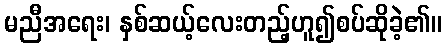
မညီအရေး၊ နှစ်ဆယ့်လေးတည့်ဟူ၍စပ်ဆိုခဲ့၏။